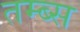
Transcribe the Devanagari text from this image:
तम्ब्स